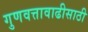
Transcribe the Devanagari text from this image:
गुणवत्तावाढीसाठी